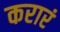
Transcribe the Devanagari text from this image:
करारं